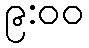
၉:၀၀